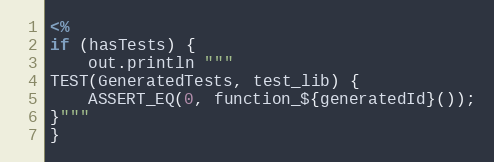
Language: C++
<%
if (hasTests) {
    out.println """
TEST(GeneratedTests, test_lib) {
    ASSERT_EQ(0, function_${generatedId}());
}"""
}